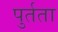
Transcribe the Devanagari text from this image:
पुर्तता